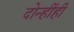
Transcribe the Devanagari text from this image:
दोन्हींही